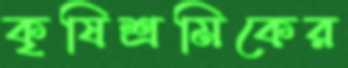
কৃষিশ্রমিকের